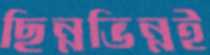
ছিন্নভিন্নই